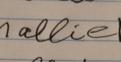
Signature authenticity: forged